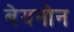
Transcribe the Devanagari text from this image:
बेयनोन